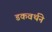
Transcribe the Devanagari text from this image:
डकवर्थने